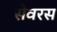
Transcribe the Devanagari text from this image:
सेवरस